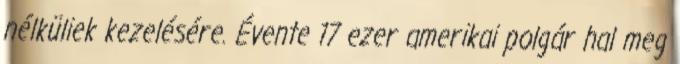
nélküliek kezelésére. Évente 17 ezer amerikai polgár hal meg